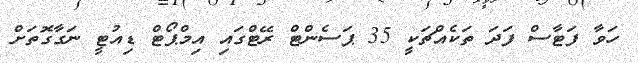
ހަވާ ފަޓާސް ފަދަ ތަކެއްޗަކީ 35 ޕަސެންޓް ރޭޓްގައި އިމްޕޯޓް ޑިއުޓީ ނަގާގޮތަށް